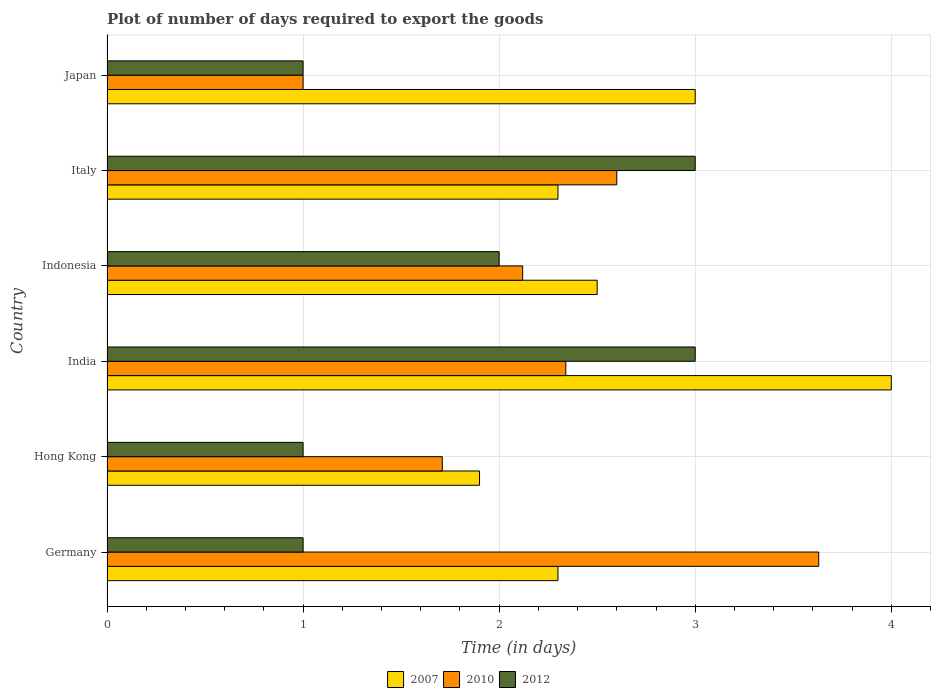
| Country | 2007 | 2010 | 2012 |
 | --- | --- | --- | --- |
 | Germany | 2.3 | 3.63 | 1 |
 | Hong Kong | 1.9 | 1.71 | 1 |
 | India | 4 | 2.34 | 3 |
 | Indonesia | 2.5 | 2.12 | 2 |
 | Italy | 2.3 | 2.6 | 3 |
 | Japan | 3 | 1 | 1 |